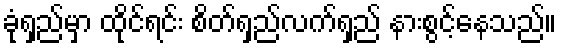
ခုံရှည်မှာ ထိုင်ရင်း စိတ်ရှည်လက်ရှည် နားစွင့်နေသည်။